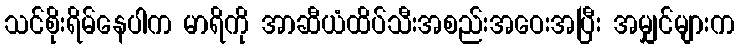
သင်စိုးရိမ်နေပါက မာရိကို အာဆီယံထိပ်သီးအစည်းအဝေးအပြီး အမျှင်များက